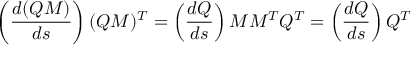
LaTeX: \left( { \frac { d ( Q M ) } { d s } } \right) ( Q M ) ^ { T } = \left( { \frac { d Q } { d s } } \right) M M ^ { T } Q ^ { T } = \left( { \frac { d Q } { d s } } \right) Q ^ { T }